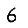
Digit: 6